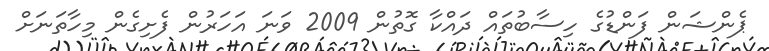
ޕެންޝަން ފަންޑުގެ ހިސާބުތައް ދައްކާ ގޮތުން 2009 ވަނަ އަހަރުން ފެށިގެން މިހާތަނަށް